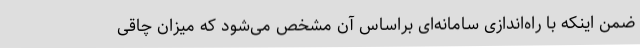
ضمن اینکه با راه‌اندازی سامانه‌ای براساس آن مشخص می‌شود که میزان چاقی